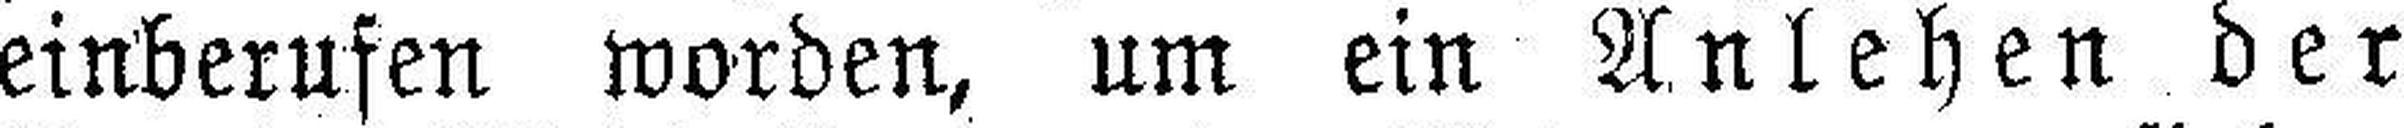
einberufen worden, um ein Anlehen der